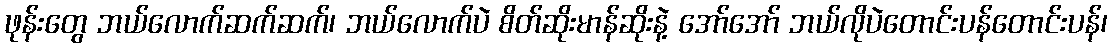
ဖုန်းတွေ ဘယ်လောက်ဆက်ဆက်၊ ဘယ်လောက်ပဲ စိတ်ဆိုးမာန်ဆိုးနဲ့ အော်အော် ဘယ်လိုပဲတောင်းပန်တောင်းပန်၊